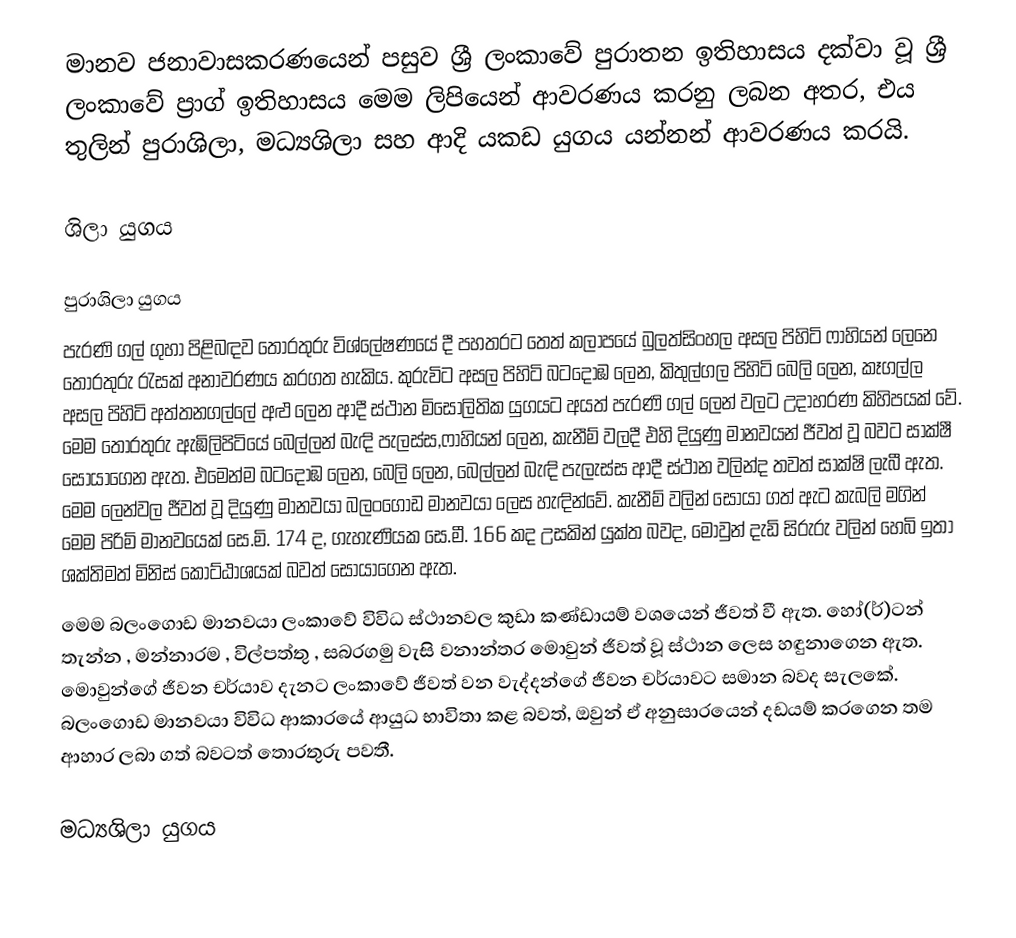
මානව ජනාවාසකරණයෙන් පසුව  ශ්‍රී ලංකාවේ පුරාතන ඉතිහාසය දක්වා වූ ශ්‍රී ලංකාවේ ප්‍රාග් ඉතිහාසය මෙම ලිපියෙන් ආවරණය කරනු ලබන අතර, එය තුලින් පුරාශිලා, මධ්‍යශිලා සහ ආදි යකඩ යුගය යන්නන් ආවරණය කරයි.

ශිලා යුගය

පුරාශිලා යුගය
පැරණි ගල් ගුහා පිළිබඳව තොරතුරු විශ්ලේෂණයේ දී පහතරට තෙත් කලාපයේ බුලත්සිංහල අසල පිහිටි ෆාහියන් ලෙනෙ තොරතුරු රැසක් අනාවරණය කරගත හැකිය. කුරුවිට අසල පිහිටි බටදොඹ ලෙන, කිතුල්ගල පිහිටි බෙලි ලෙන, කෑගල්ල අසල පිහිටි අත්තනගල්ලේ අළු ලෙන ආදී ස්ථාන මිසෝලිතික යුගයට අයත් පැරණි ගල් ලෙන් වලට උදාහරණ කිහිපයක් වේ. මෙම තොරතුරු ඇඹිලිපිටියේ බෙල්ලන් බැඳි පැලස්ස,ෆාහියන් ලෙන, කැනීම් වලදී එහි දියුණු මානවයන් ජීවත් වූ බවට සාක්ෂී සොයාගෙන ඇත. එමෙන්ම බටදොඹ ලෙන, බෙලි ලෙන, බෙල්ලන් බැඳි පැලැස්ස ආදී ස්ථාන වලින්ද තවත් සාක්ෂි ලැබී ඇත. මෙම ලෙන්වල ජීවත් වූ දියුණු මානවයා බලංගොඩ මානවයා ලෙස හැඳින්වේ. කැනීම් වලින් සොයා ගත් ඇට කැබලි මගින් මෙම පිරිමි මානවයෙක් සෙ.මි. 174 ද, ගැහැණියක සෙ.මී. 166 කද උසකින් යුක්ත බවද, මොවුන් දැඩි සිරුරු වලින් හෙබි ඉතා ශක්තිමත් මිනිස් කොට්ඨාශයක් බවත් සොයාගෙන ඇත.
මෙම බලංගොඩ මානවයා ලංකාවේ විවිධ ස්ථානවල කුඩා කණ්ඩායම් වශයෙන් ජීවත් වී ඇත. හෝ(ර්)ටන් තැන්න , මන්නාරම , විල්පත්තු , සබරගමු වැසි වනාන්තර මොවුන් ජීවත් වූ ස්ථාන ලෙස හඳුනාගෙන ඇත. මොවුන්ගේ ජීවන චර්යාව දැනට ලංකාවේ ජීවත් වන වැද්දන්ගේ ජීවන චර්යාවට සමාන බවද සැලකේ. බලංගොඩ මානවයා විවිධ ආකාරයේ ආයුධ භාවිතා කළ බවත්, ඔවුන් ඒ අනුසාරයෙන් දඩයම් කරගෙන තම ආහාර ලබා ගත් බවටත් තොරතුරු පවතී.

මධ්‍යශිලා යුගය